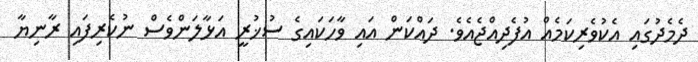
ދެމެދުގައި އެކުވެރިކަމެއް އުފެދިއްޖެއެވެ. ދައްކަން އައި ވާހަކައިގެ ސުޚުރީ އަޅާލަންވެސް ނުކެރިފައި ރާނިޔާ